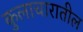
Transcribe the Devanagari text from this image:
कुलाचारातील